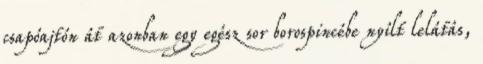
csapóajtón át azonban egy egész sor borospincébe nyílt lelátás,